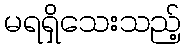
မရရှိသေးသည့်